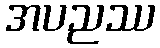
အပညဿ